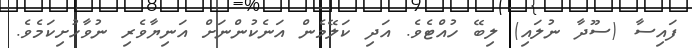
ފައިސާ (ސޫދާ ނުލައި) ލިބޭ ހުއްޓެވެ. އަދި ކަލޭމެން އަނެކުންނަށް އަނިޔާވެރި ނުވާހުށިކަމެވެ.